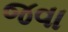
જવા